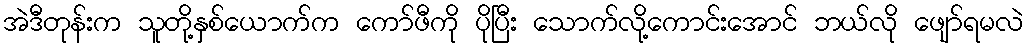
အဲဒီတုန်းက သူတို့နှစ်ယောက်က ကော်ဖီကို ပိုပြီး သောက်လို့ကောင်းအောင် ဘယ်လို ဖျော်ရမလဲ